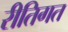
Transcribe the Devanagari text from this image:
रीतिगत